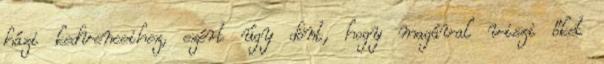
házi kedvenceihez, ezért úgy dönt, hogy magával viszi őket